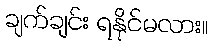
ချက်ချင်း ရနိုင်မလား။